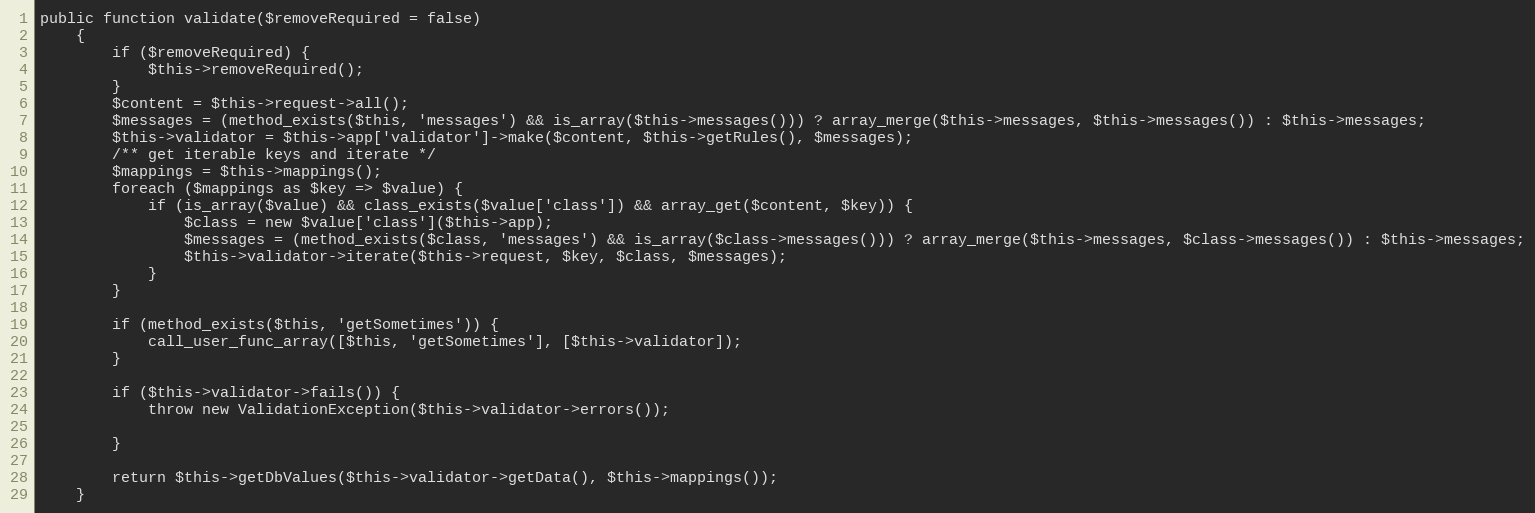
Language: PHP
public function validate($removeRequired = false)
    {
        if ($removeRequired) {
            $this->removeRequired();
        }
        $content = $this->request->all();
        $messages = (method_exists($this, 'messages') && is_array($this->messages())) ? array_merge($this->messages, $this->messages()) : $this->messages;
        $this->validator = $this->app['validator']->make($content, $this->getRules(), $messages);
        /** get iterable keys and iterate */
        $mappings = $this->mappings();
        foreach ($mappings as $key => $value) {
            if (is_array($value) && class_exists($value['class']) && array_get($content, $key)) {
                $class = new $value['class']($this->app);
                $messages = (method_exists($class, 'messages') && is_array($class->messages())) ? array_merge($this->messages, $class->messages()) : $this->messages;
                $this->validator->iterate($this->request, $key, $class, $messages);
            }
        }

        if (method_exists($this, 'getSometimes')) {
            call_user_func_array([$this, 'getSometimes'], [$this->validator]);
        }

        if ($this->validator->fails()) {
            throw new ValidationException($this->validator->errors());

        }

        return $this->getDbValues($this->validator->getData(), $this->mappings());
    }